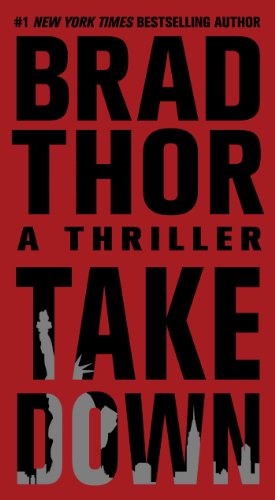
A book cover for Takedown: A Thriller (The Scot Harvath Series); Brad Thor; Literature & Fiction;